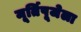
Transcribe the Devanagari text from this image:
मूर्तिपूजेला